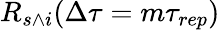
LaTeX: R_{s\wedge i}(\Delta\tau=m\tau_{rep})